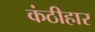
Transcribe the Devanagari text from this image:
कंठीहार